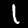
Digit: 1